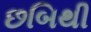
છબિથી